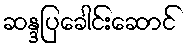
ဆန္ဒပြခေါင်းဆောင်